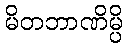
မိတဘာဏိမ္ပိ